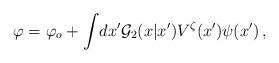
LaTeX: \begin{align*}\varphi = \varphi_{o} + \int \!dx'{\cal G}_{2}(x|x')V^{\zeta}(x')\psi(x')\,,\end{align*}